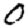
Digit: 0